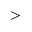
>